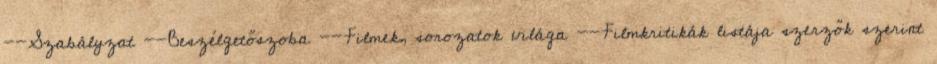
--Szabályzat --Beszélgetőszoba --Filmek, sorozatok világa --Filmkritikák listája szerzők szerint